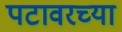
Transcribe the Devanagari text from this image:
पटावरच्या